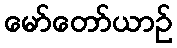
မော်တော်ယာဉ်